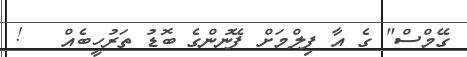
ގޭމްސް" ގެ އާ ފިލްމަށް ފޭނުންގެ ބޮޑު ތަރުހީބެއް   !